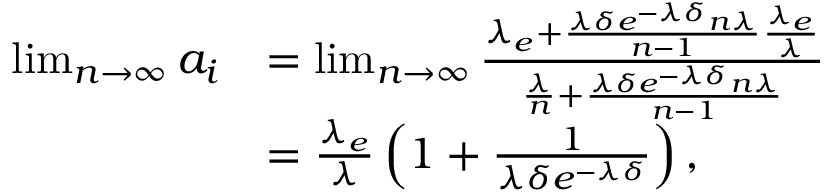
\begin{array} { r l } { \operatorname* { l i m } _ { n \to \infty } a _ { i } } & { = \operatorname* { l i m } _ { n \to \infty } \frac { \lambda _ { e } + \frac { \lambda \delta e ^ { - \lambda \delta } n \lambda } { n - 1 } \frac { \lambda _ { e } } { \lambda } } { \frac { \lambda } { n } + \frac { \lambda \delta e ^ { - \lambda \delta } n \lambda } { n - 1 } } } \\ & { = \frac { \lambda _ { e } } { \lambda } \left( 1 + \frac { 1 } { \lambda \delta e ^ { - \lambda \delta } } \right) , } \end{array}